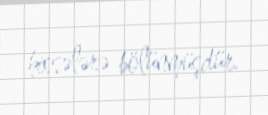
hissələrə bölünmüşdür.